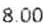
8.00